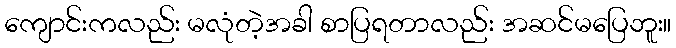
ကျောင်းကလည်း မလုံတဲ့အခါ စာပြရတာလည်း အဆင်မပြေဘူး။